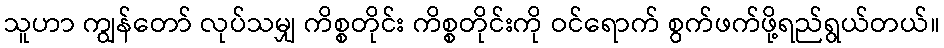
သူဟာ ကျွန်တော် လုပ်သမျှ ကိစ္စတိုင်း ကိစ္စတိုင်းကို ဝင်ရောက် စွက်ဖက်ဖို့ရည်ရွယ်တယ်။